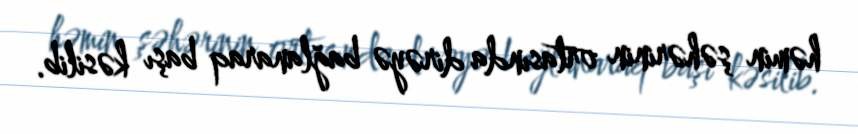
həmin şəhərinin ortasında dirəyə bağlanaraq başı kəsilib.